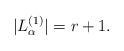
LaTeX: \begin{align*}|L^{(1)}_\alpha|=r+1.\end{align*}